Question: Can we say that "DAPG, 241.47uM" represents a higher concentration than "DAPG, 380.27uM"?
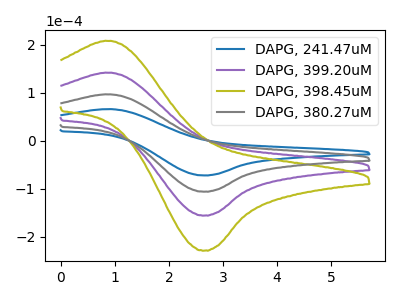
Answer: <think>The blue curve "DAPG, 241.47uM" has an anodic peak at (0.95V, 65.55uA) and a cathodic peak at (2.65V, -72.25uA). The purple curve "DAPG, 399.20uM" has an anodic peak at (0.95V, 192.45uA) and a cathodic peak at (2.65V, -212.15uA). The olive curve "DAPG, 398.45uM" has an anodic peak at (0.95V, 288.70uA) and a cathodic peak at (2.65V, -318.25uA). The gray curve "DAPG, 380.27uM" has an anodic peak at (0.95V, 96.25uA) and a cathodic peak at (2.65V, -106.10uA).
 All the peaks in "DAPG, 241.47uM" have a peak in "DAPG, 380.27uM" at the same potential. Every peak in "DAPG, 241.47uM" is lower than every peak in "DAPG, 380.27uM".</think>
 <answer>"DAPG, 241.47uM" has less signal than "DAPG, 380.27uM" and so likely has a lower concentration.</answer>
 <eval>less_concentration</eval>